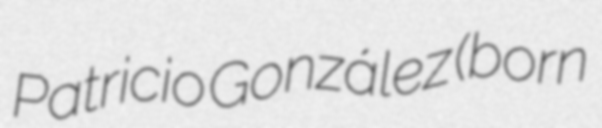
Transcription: Patricio González (born